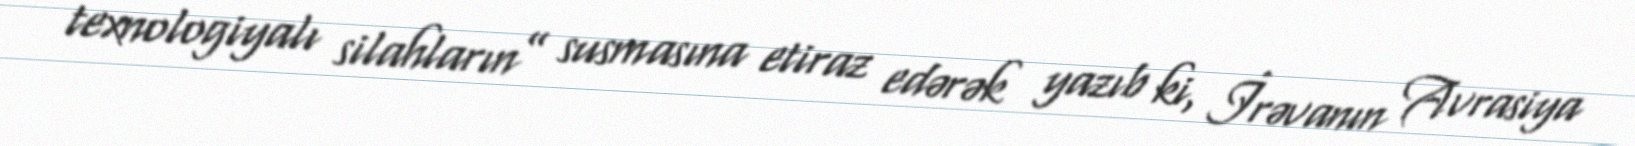
texnologiyalı silahların” susmasına etiraz edərək yazıb ki, İrəvanın Avrasiya